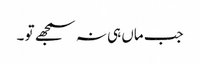
جب ماں ہی نہ سمجھے تو ۔